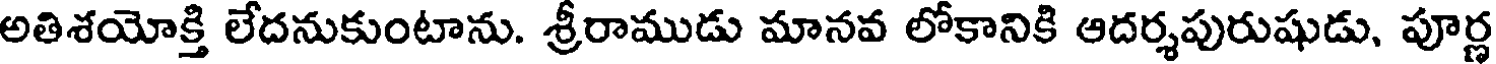
అతిశయోక్తి లేదనుకుంటాను. శ్రీరాముడు మానవ లోకానికి ఆదర్శపురుషుడు, పూర్ణ